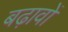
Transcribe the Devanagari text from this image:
बढ़ावों